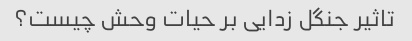
تاثیر جنگل زدایی بر حیات وحش چیست؟